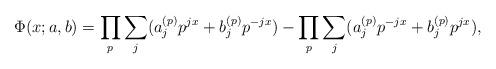
LaTeX: \begin{align*}\Phi(x; a,b) = \prod\limits_p\sum_j (a^{(p)}_j p^{jx} + b^{(p)}_j p^{-jx})- \prod\limits_p\sum_j (a^{(p)}_j p^{-jx} + b^{(p)}_j p^{jx}),\end{align*}